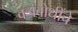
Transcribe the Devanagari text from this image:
वज्रबोधींचे